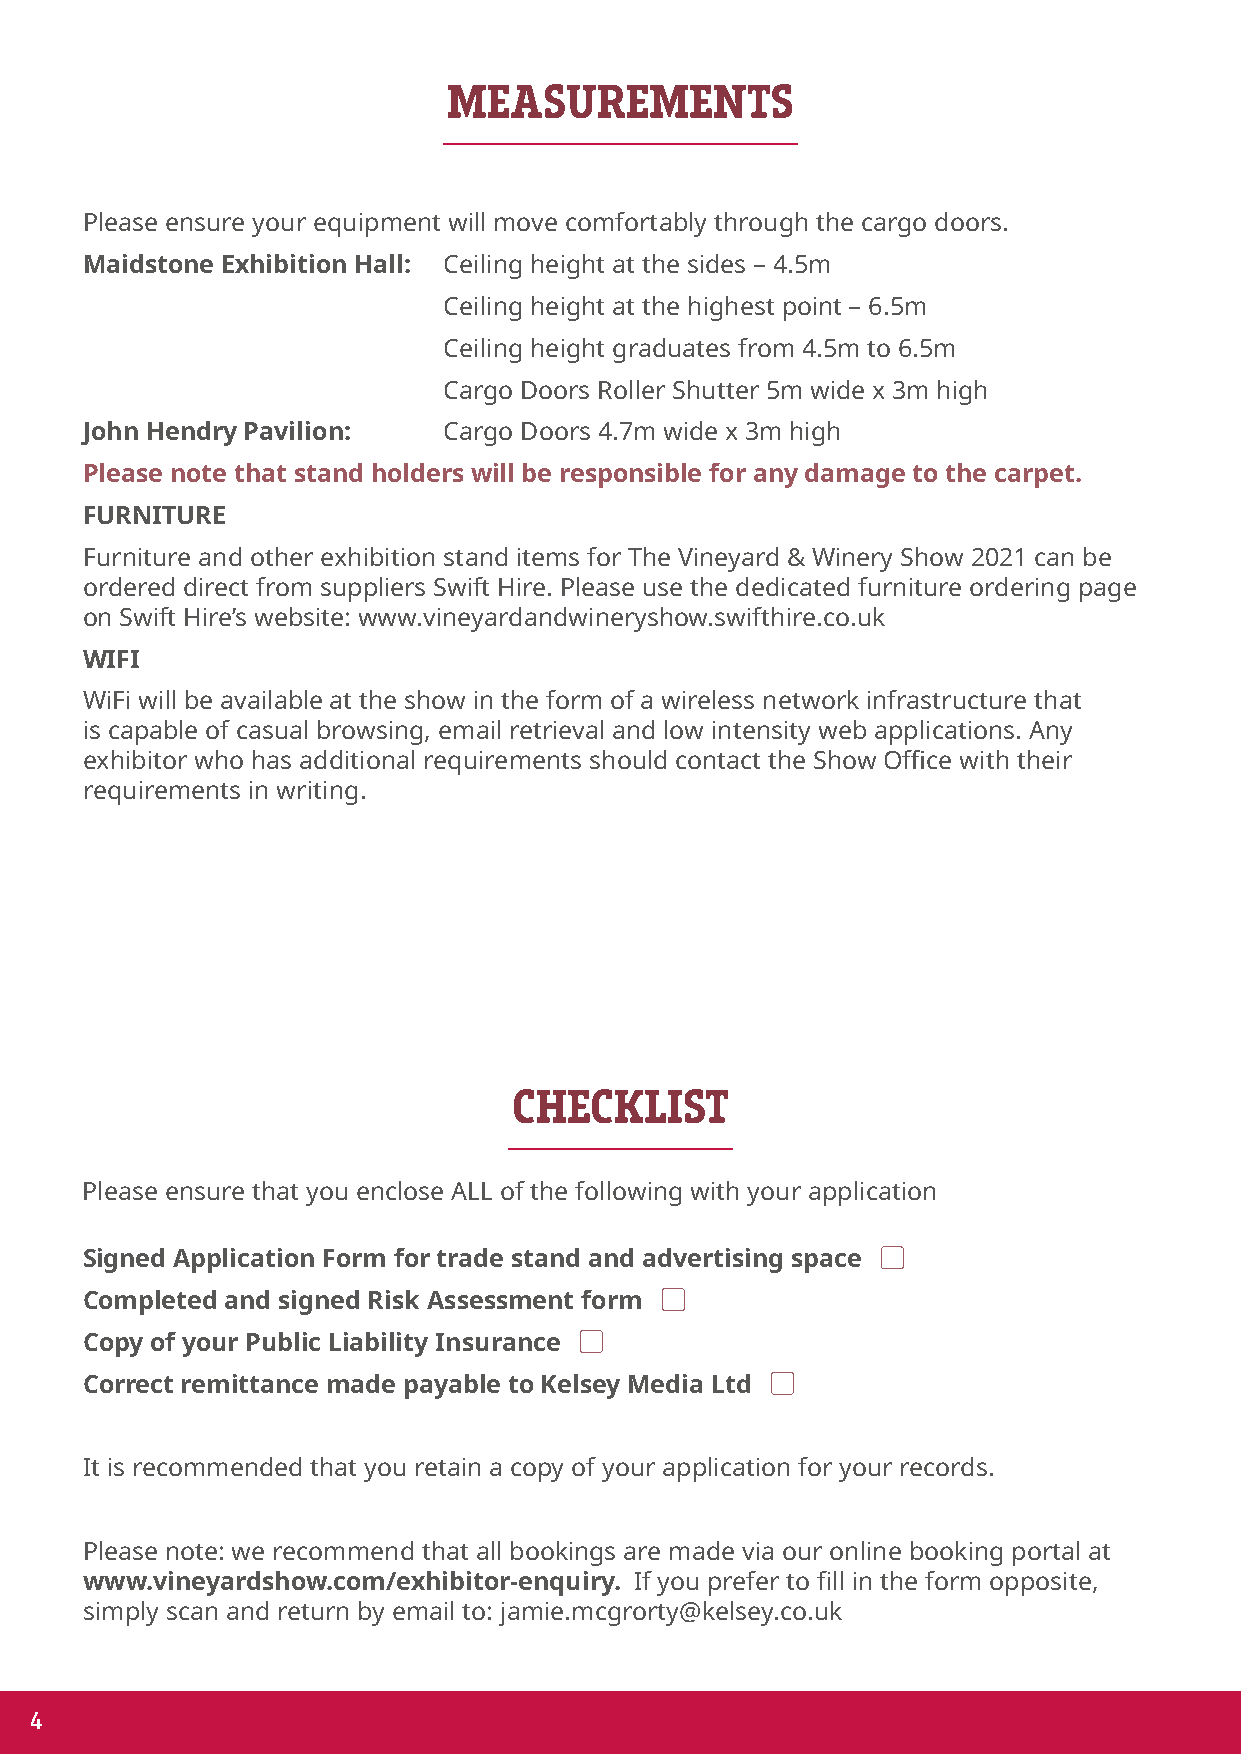
MEASUREMENTS
 Please ensure your equipment will move comfortably through the cargo doors.
 Maidstone Exhibition Hall: Ceiling height at the sides – 4.5m
 Ceiling height at the highest point – 6.5m
 Ceiling height graduates from 4.5m to 6.5m
 Cargo Doors Roller Shutter 5m wide x 3m high
 John Hendry Pavilion:   Cargo Doors 4.7m wide x 3m high
 Please note that stand holders will be responsible for any damage to the carpet.
 FURNITURE
 Furniture and other exhibition stand items for The Vineyard & Winery Show 2021 can be
 ordered direct from suppliers Swift Hire. Please use the dedicated furniture ordering page
 on Swift Hire’s website: www.vineyardandwineryshow.swifthire.co.uk
 WIFI
 WiFi will be available at the show in the form of a wireless network infrastructure that
 is capable of casual browsing, email retrieval and low intensity web applications. Any
 exhibitor who has additional requirements should contact the Show Office with their
 requirements in writing.
 CHECKLIST
 Please ensure that you enclose ALL of the following with your application
 
 Signed Application Form for trade stand and advertising space
 
 Completed and signed Risk Assessment form
 
 Copy of your Public Liability Insurance
 
 Correct remittance made payable to Kelsey Media Ltd
 It is recommended that you retain a copy of your application for your records.
 Please note: we recommend that all bookings are made via our online booking portal at
 www.vineyardshow.com/exhibitor-enquiry. If you prefer to fill in the form opposite,
 simply scan and return by email to: jamie.mcgrorty@kelsey.co.uk
 4